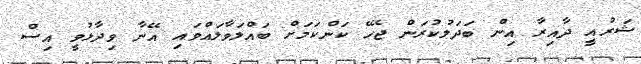
ޝަރުއީ ދާއިރާ އިން ބަދަލުކުރަން ޖެހޭ ކަންކަމަށް ބައްލަވާލައްވައި އޭނާ ވިދާޅުވީ އިސް